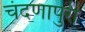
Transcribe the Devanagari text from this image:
चंदणापुरी